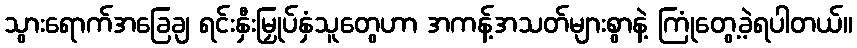
သွားရောက်အခြေချ ရင်းနှီးမြှုပ်နှံသူတွေဟာ အကန့်အသတ်များစွာနဲ့ ကြုံတွေ့ခဲ့ရပါတယ်။